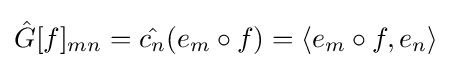
{\hat {G}}[f]_{mn}={\hat {c_{n}}}(e_{m}\circ f)=\langle e_{m}\circ f,e_{n}\rangle